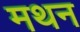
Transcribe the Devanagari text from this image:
मथन